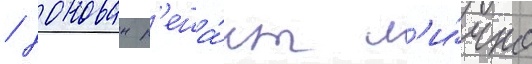
/ донован р'еша́ет л'и́чно